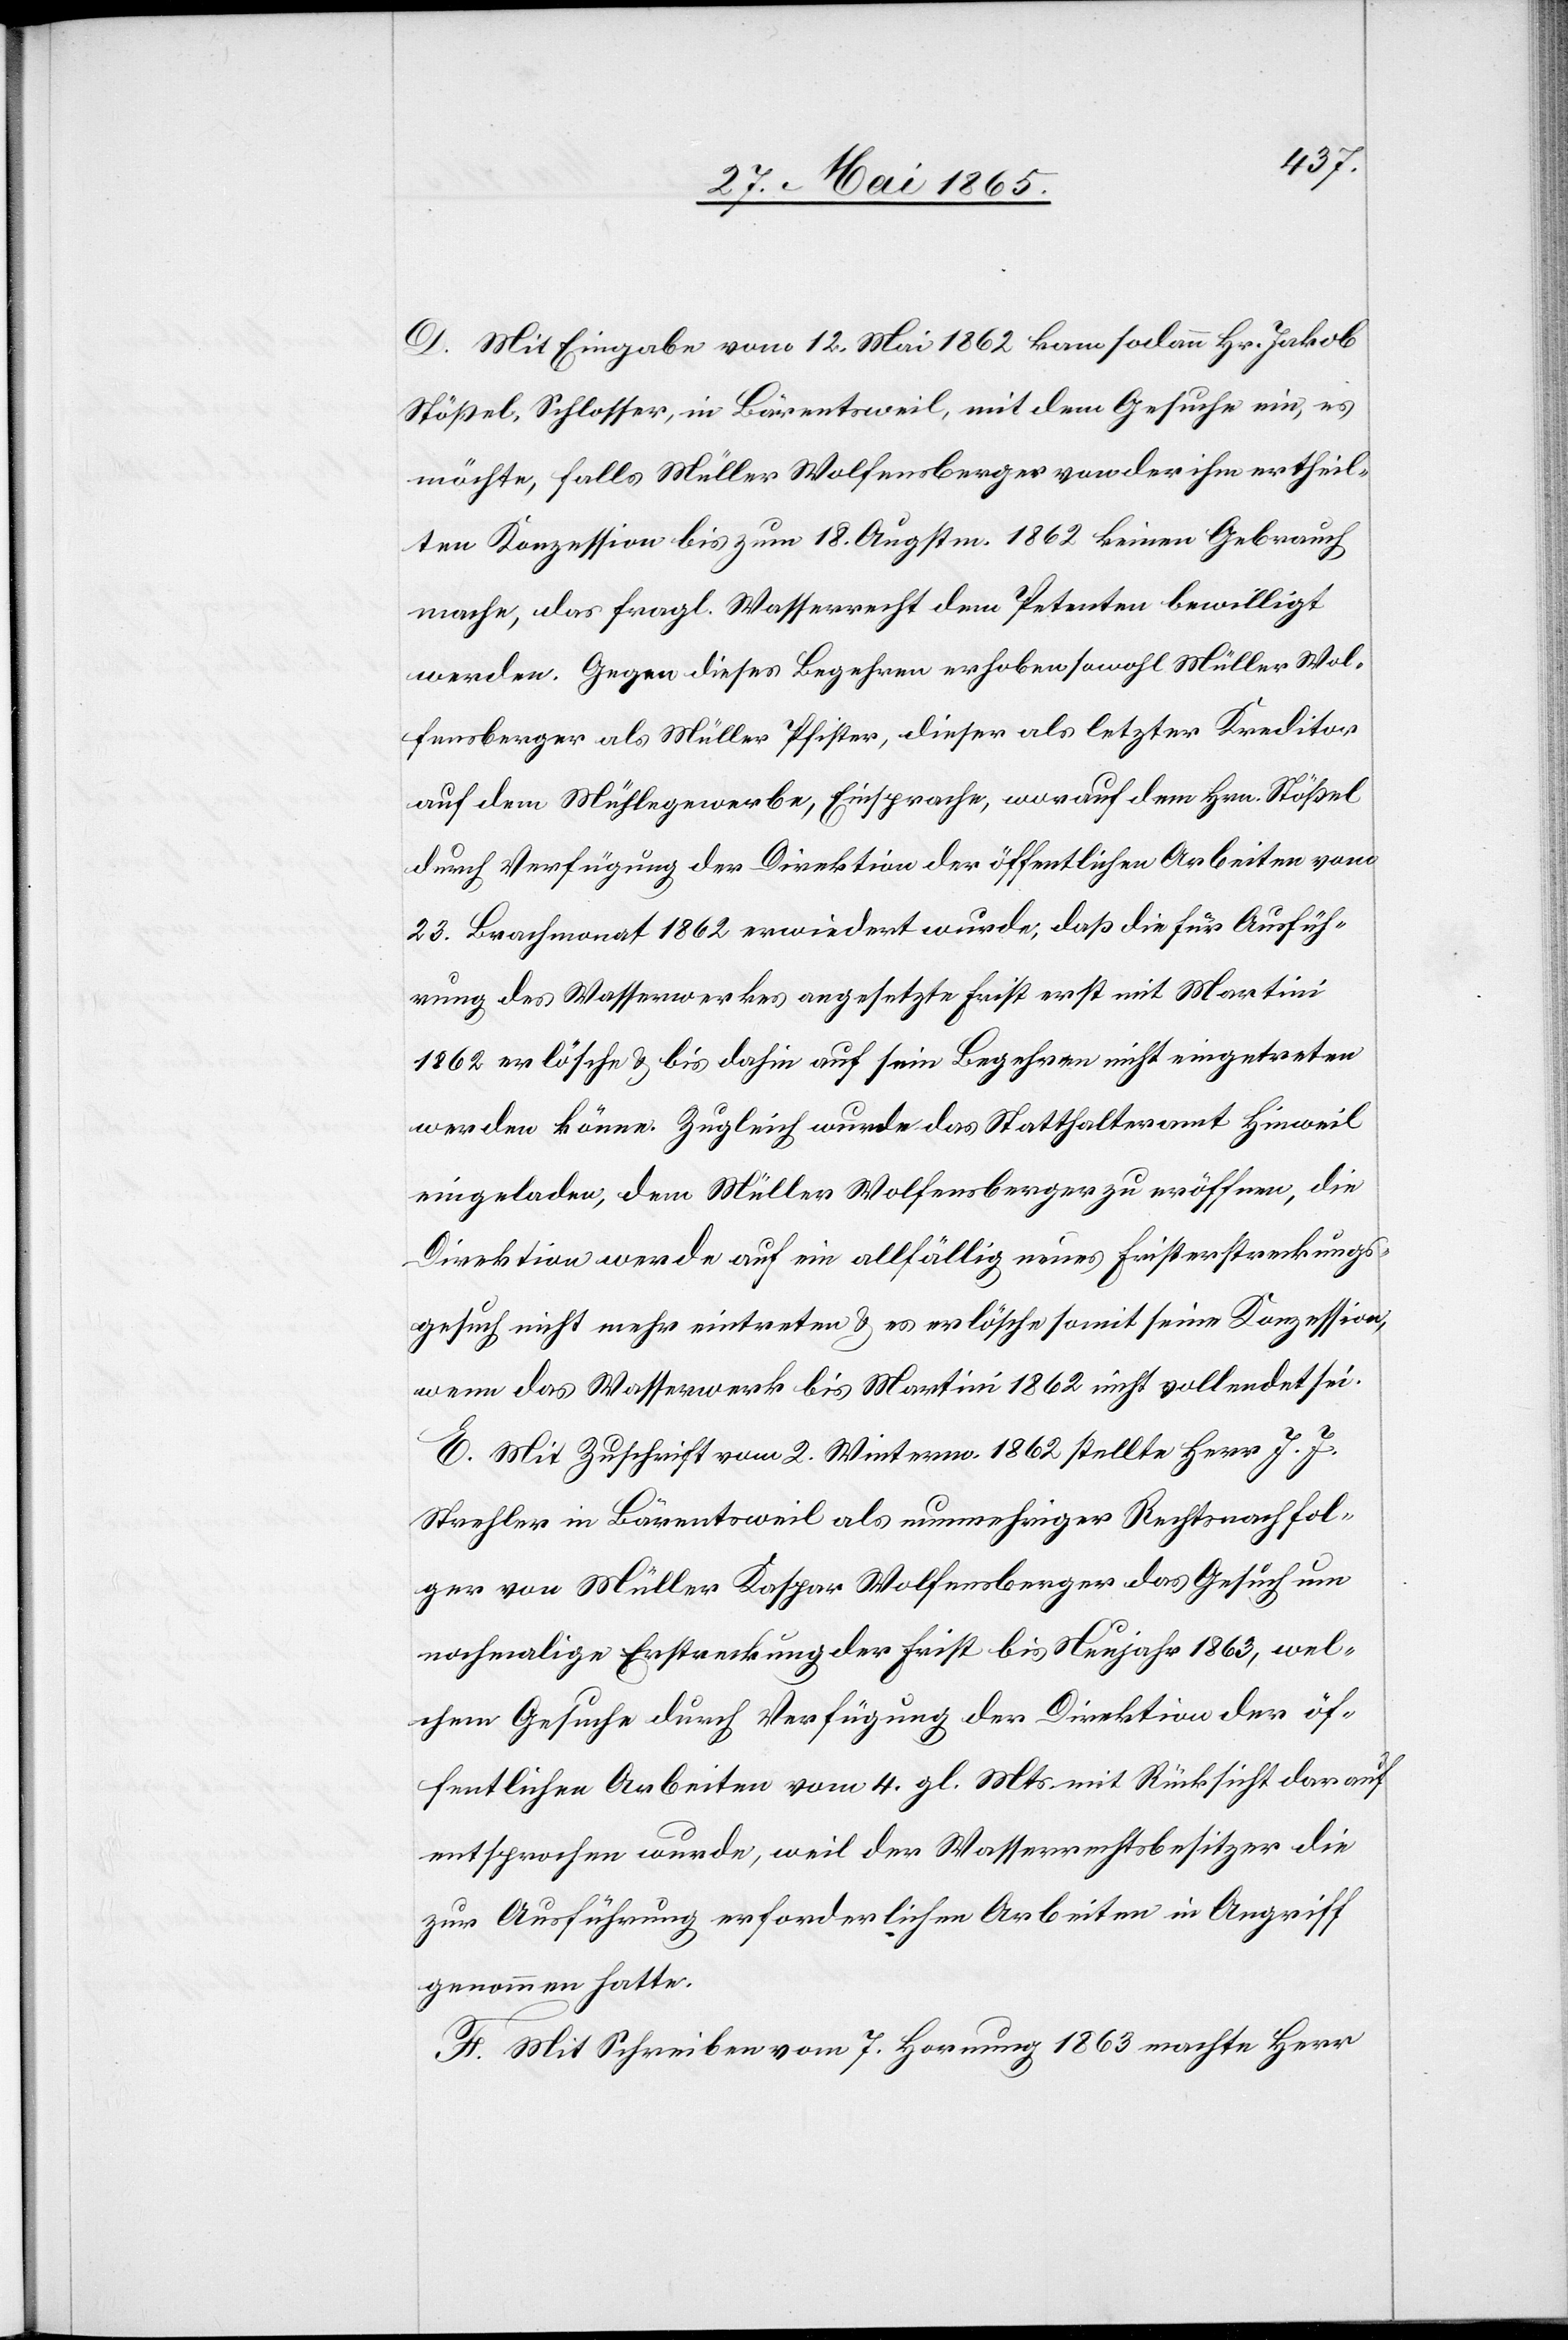
D. Mit Eingabe vom 12. Mai 1862 kam sodann Hr. Jakob
Stößel, Schlosser, in Bärentsweil, mit dem Gesuche ein, es
möchte, falls Müller Wolfensberger von der ihm ertheil¬
ten Konzession bis zum 18. Augstm. 1862 keinen Gebrauch
mache, das fragl. Wasserrecht dem Petenten bewilligt
werden. Gegen dieses Begehren erhoben sowohl Müller Wol¬
fensberger als Müller Pfister, dieser als letzter Kreditor
auf dem Mühlegewerbe, Einsprache, worauf dem Hrn. Stößel
durch Verfügung der Direktion der öffentlichen Arbeiten vom
23. Brachmonat 1862 erwiedert wurde, daß die für Ausfüh¬
rung des Wasserwerkes angesetzte Frist erst mit Martin¬
i erlösche & bis dahin auf sein Begehren nicht eingetreten
werden könne. Zugleich wurde das Statthalteramt Hinweil
eingeladen, dem Müller Wolfensberger zu eröffnen, die
Direktion werde auf ein allfällig neues Fristerstreckungs¬
gesuch nicht eintreten & es erlösche somit seine Konzession,
wenn das Wasserwerk bis Martini 1862 nicht vollendet sei.
E. Mit Zuschrift vom 2. Winterm. 1862 stellte Herr J. J.
Strehler in Bärentsweil als nunmehriger Rechtsnachfol¬
ger von Müller Kaspar Wolfensberger das Gesuch um
nochmalige Erstreckung der Frist bis Neujahr 1863, wel¬
chem Gesuche durch Verfügung der Direktion der öf¬
fentlichen Arbeiten vom 4. gl. Mts mit Rücksicht darauf
entsprochen wurde, weil der Wasserrechtsbesitzer die
zur Ausführung erforderlichen Arbeiten in Angriff
genommen hatte.
F. Mit Schreiben vom 7. Hornung 1863 machte Herr